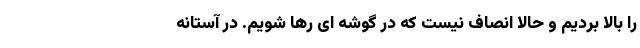
را بالا بردیم و حالا انصاف نیست که در گوشه ای رها شویم. در آستانه